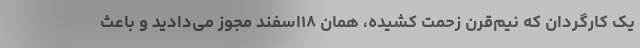
یک کارگردان که نیم‌قرن زحمت کشیده، همان ۱۸اسفند مجوز می‌دادید و باعث